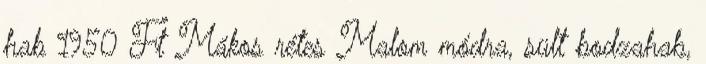
hab 1950 Ft Mákos rétes Malom módra, sült bodzahab,